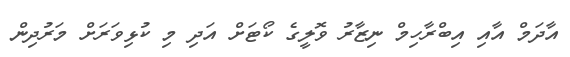
އާދަމް އާއި އިބްރާހިމް ނިޒާރު ވޮލީގެ ކޯޓަށް އަދި މި ކުޅިވަރަށް މަރުދިން